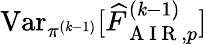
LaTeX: \operatorname{Var}_{\pi^{(\mathit{k}-1)}}[\widehat{{F}}_{\mathrm{{~A~I~R~}},p}^{(\mathit{k}-1)}]